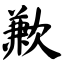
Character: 歉